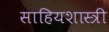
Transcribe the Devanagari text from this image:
साहियशास्त्री